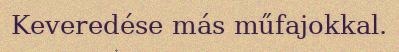
Keveredése más műfajokkal.